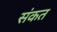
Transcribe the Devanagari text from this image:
संकत